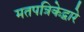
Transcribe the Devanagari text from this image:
मतपत्रिकेद्वारे